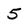
Character: 5